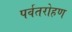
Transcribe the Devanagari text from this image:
पर्वतरोहण